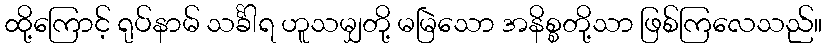
ထို့ကြောင့် ရုပ်နာမ် သင်္ခါရ ဟူသမျှတို့ မမြဲသော အနိစ္စတို့သာ ဖြစ်ကြလေသည်။